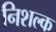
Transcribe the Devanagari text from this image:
निशल्क